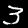
Digit: 3